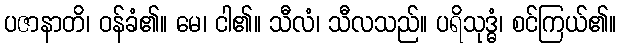
ပဇာနာတိ၊ ဝန်ခံ၏။ မေ၊ ငါ၏။ သီလံ၊ သီလသည်။ ပရိသုဒ္ဓံ၊ စင်ကြယ်၏။